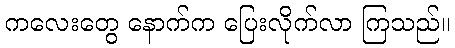
ကလေးတွေ နောက်က ပြေးလိုက်လာ ကြသည်။